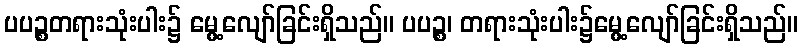
ပပဉ္စတရားသုံးပါး၌ မွေ့လျော်ခြင်းရှိသည်။ ပပဉ္စ၊ တရားသုံးပါး၌မွေ့လျော်ခြင်းရှိသည်။